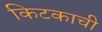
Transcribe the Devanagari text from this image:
किटकाची